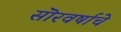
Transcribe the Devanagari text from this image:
सॊरवर्षाचे